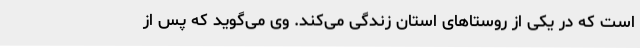
است که در یکی از روستاهای استان زندگی می‌کند. وی می‌گوید که پس از